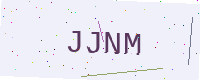
Text: JJNM